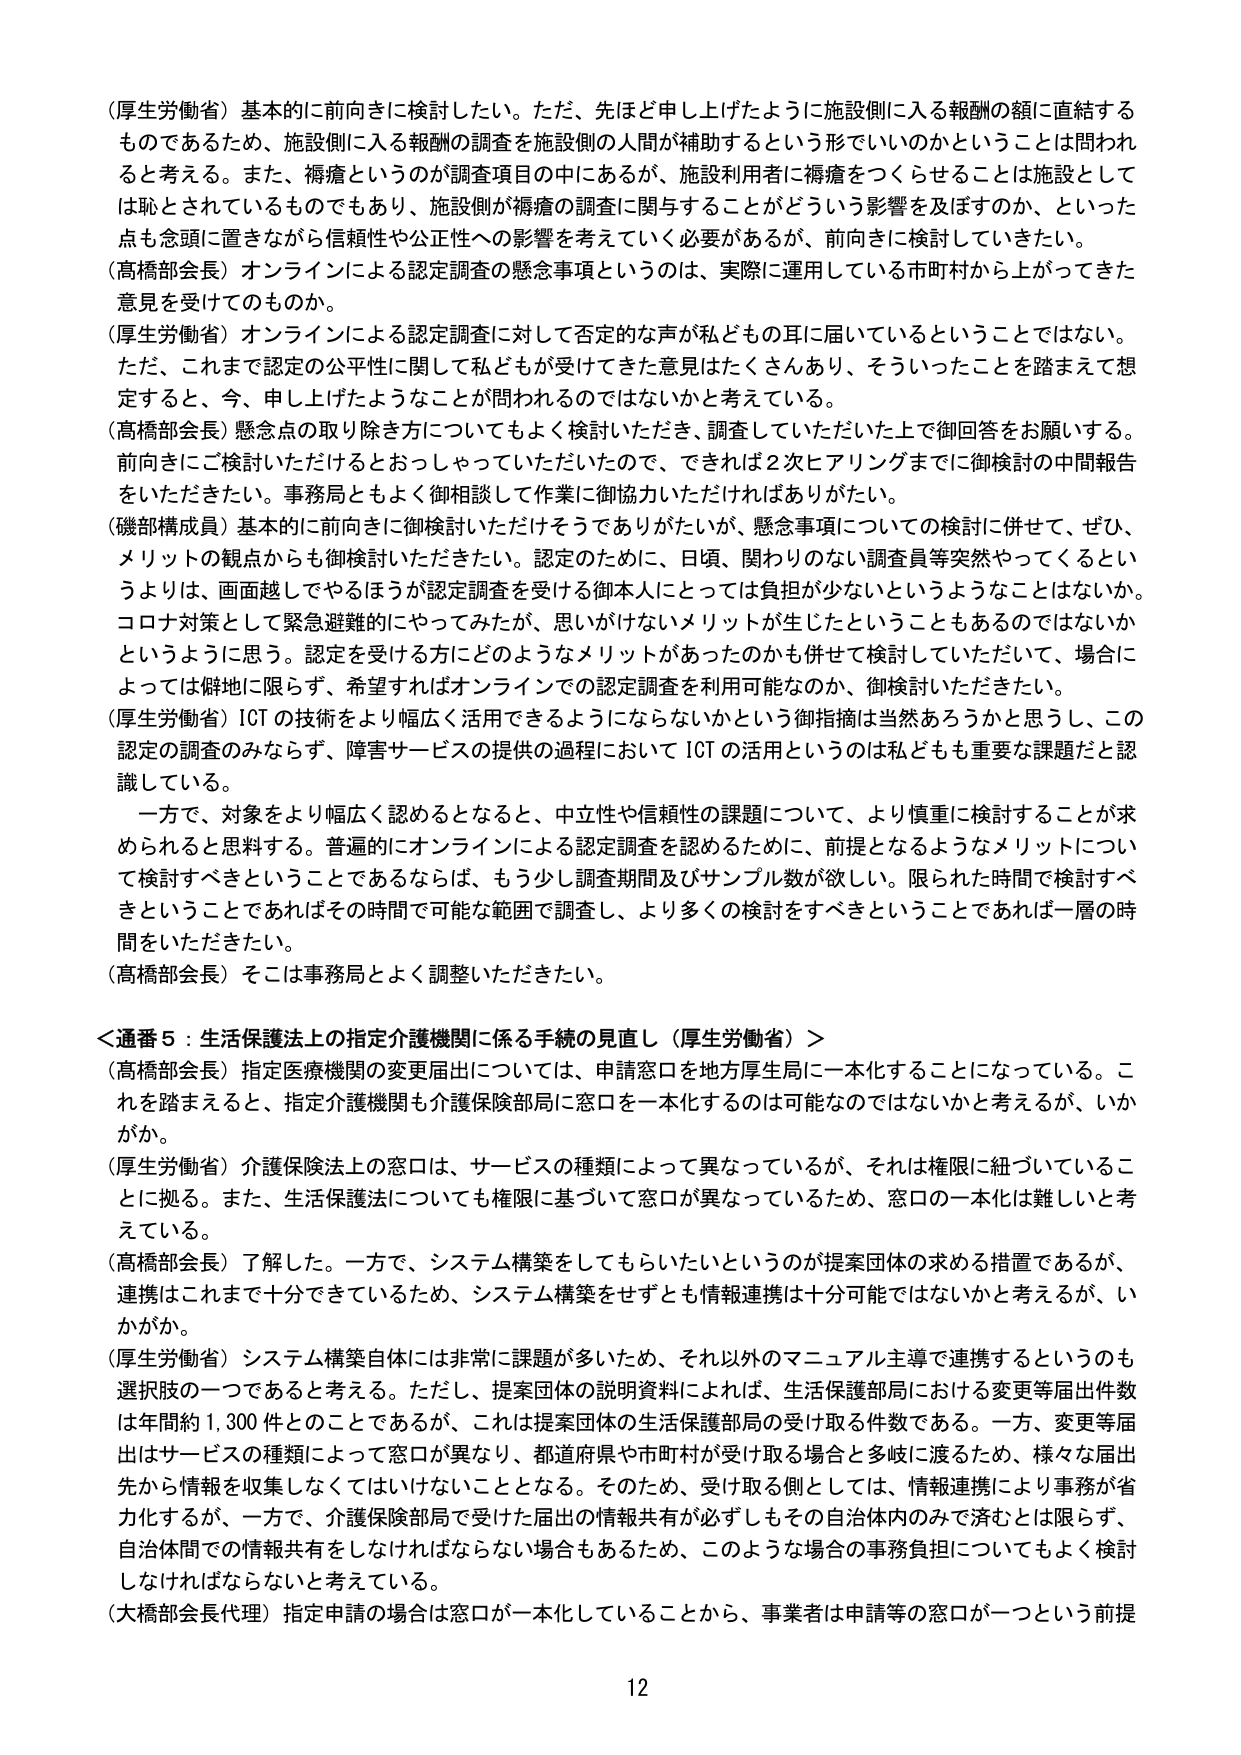
（厚生労働省）基本的に前向きに検討したい。ただ、先ほど申し上げたように施設側に入る報酬の額に直結するものであるため、施設側に入る報酬の調査を施設側の人間が補助するという形でいいのかということは問われると考える。また、褥瘡というのが調査項目の中にあるが、施設利用者に褥瘡をつくらせることは施設としては恥とされているものでもあり、施設側が褥瘡の調査に関与することがどういう影響を及ぼすのか、といった点も念頭に置きながら信頼性や公正性への影響を考えていく必要があるが、前向きに検討していきたい。

（高橋部会長）オンラインによる認定調査の懸念事項というのは、実際に運用している市町村から上がって来た意見を受けてのものか。

（厚生労働省）オンラインによる認定調査に対して否定的な声が私どもの耳に届いているということではない。ただ、これまで認定の公平性に関して私どもが受けてきた意見はたくさんあり、そういったことを踏まえて想定すると、今、申し上げたようなことが問われるのではないかと考えている。

（高橋部会長）懸念点の取り除き方についてもよく検討いただき、調査していただいた上で御回答をお願いする。前向きにご検討いただけるとおっしゃっていただいたので、できれば2次ヒアリングまでに御検討の中間報告をいただきたい。事務局ともよく御相談して作業に御協力いただければありがたい。

（磯部構成員）基本的に前向きに御検討いただけそうでありがたいが、懸念事項についての検討に併せて、ぜひ、メリットの観点からも御検討いただきたい。認定のために、日頃、関わりのない調査員等突然やってくるというよりは、画面越しでやるほうが認定調査を受ける御本人にとっては負担が少ないというようなことはないか。コロナ対策として緊急避難的にやってみたが、思いがけないメリットが生じたということもあるのではないかというように思う。認定を受ける方にどのようなメリットがあったのかも併せて検討していただいて、場合によっては僻地に限らず、希望すればオンラインでの認定調査を利用可能なのか、御検討いただきたい。

（厚生労働省）ICTの技術をより幅広く活用できるようにならないかという御指摘は当然あろうかと思うし、この認定の調査のみならず、障害サービスの提供の過程においてICTの活用というのは私どもも重要な課題だと認識している。

一方で、対象をより幅広く認めるとなると、中立性や信頼性の課題について、より慎重に検討することが求められると思料する。普遍的にオンラインによる認定調査を認めるために、前提となるようなメリットについて検討すべきということであるならば、もう少し調査期間及びサンプル数が欲しい。限られた時間で検討すべきということであればその時間で可能な範囲で調査し、より多くの検討をすべきということであれば一層の時間をいただきたい。

（高橋部会長）そこは事務局とよく調整いただきたい。

＜通番5：生活保護法上の指定介護機関に係る手続の見直し（厚生労働省）＞

（高橋部会長）指定医療機関の変更届出については、申請窓口を地方厚生局に一本化することになっている。これを踏まえると、指定介護機関も介護保険部局に窓口を一本化するのは可能なのではないかと考えるが、いかがか。

（厚生労働省）介護保険法上の窓口は、サービスの種類によって異なっているが、それは権限に紐づいていることに拠る。また、生活保護法についても権限に基づいて窓口が異なっているため、窓口の一本化は難しいと考えている。

（高橋部会長）了解した。一方で、システム構築をしてもらいたいというのが提案団体の求める措置であるが、連携はこれまで十分できているため、システム構築をせずとも情報連携は十分可能ではないかと考えるが、いかがか。

（厚生労働省）システム構築自体には非常に課題が多いため、それ以外のマニュアル主導で連携するというのも選択肢の一つであると考える。ただし、提案団体の説明資料によれば、生活保護部局における変更等届出件数は年間約1,300件とのことであるが、これは提案団体の生活保護部局の受け取る件数である。一方、変更等届出はサービスの種類によって窓口が異なり、都道府県や市町村が受け取る場合と多岐に渡るため、様々な届出先から情報を収集しなくてはいけないこととなる。そのため、受け取る側としては、情報連携により事務が省力化するが、一方で、介護保険部局で受けた届出の情報共有が必ずしもその自治体内のみで済むとは限らず、自治体間での情報共有をしなければならない場合もあるため、このような場合の事務負担についてもよく検討しなければならないと考えている。

（大橋部会長代理）指定申請の場合は窓口が一本化していることから、事業者は申請等の窓口が一つという前提

12